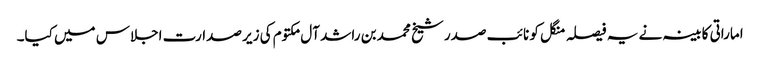
اماراتی کابینہ نے یہ فیصلہ منگل کو نائب صدر شیخ محمد بن راشد آل مکتوم کی زیر صدارت اجلاس میں کیا۔